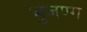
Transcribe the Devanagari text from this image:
भुजण्ग